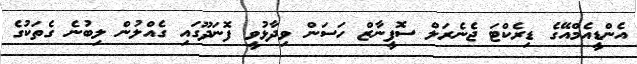
އެންޑީއެމްއޭގެ ޑިރެކްޓަ ޖެނެރަލް ސޮފީނާޒް ހަސަން ވިދާޅުވީ ފޮނަދޫގައި ގެއްލުން ލިބުނެ ގެތަކުގެ